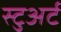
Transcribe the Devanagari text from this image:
स्‍टुअर्ट